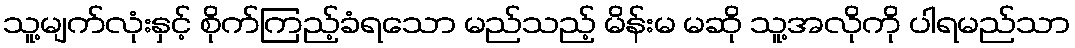
သူ့မျက်လုံးနှင့် စိုက်ကြည့်ခံရသော မည်သည့် မိန်းမ မဆို သူ့အလိုကို ပါရမည်သာ